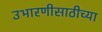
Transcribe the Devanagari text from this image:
उभारणीसाठीच्या